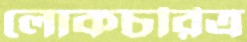
লোকচরিত্র